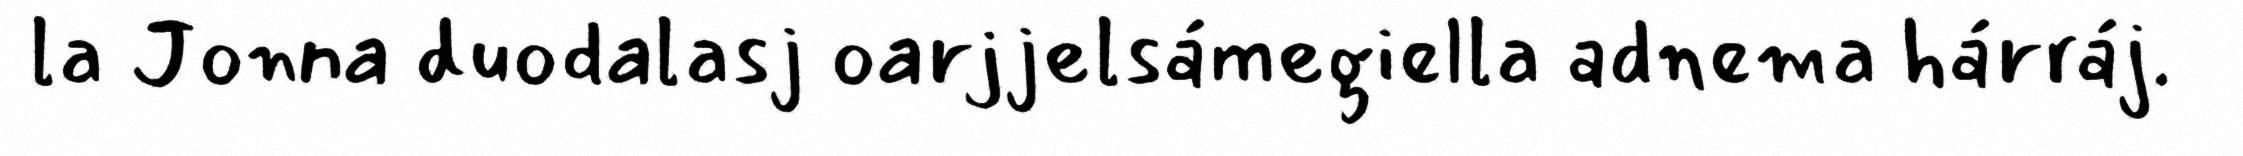
la Jonna duodalasj oarjjelsámegiella adnema hárráj.